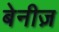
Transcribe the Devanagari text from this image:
बेनीज़